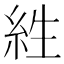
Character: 𰫡